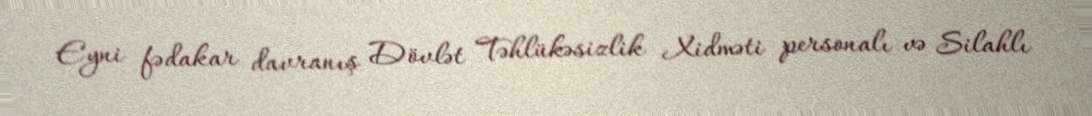
Eyni fədakar davranış Dövlət Təhlükəsizlik Xidməti personalı və Silahlı